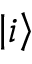
\left\vert i \right\rangle